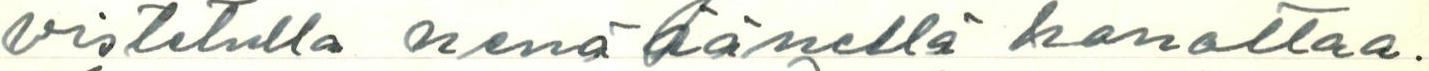
vistetulla nenääänellä honottaa